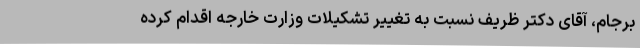
برجام، آقای دکتر ظریف نسبت به تغییر تشکیلات وزارت خارجه اقدام کرده